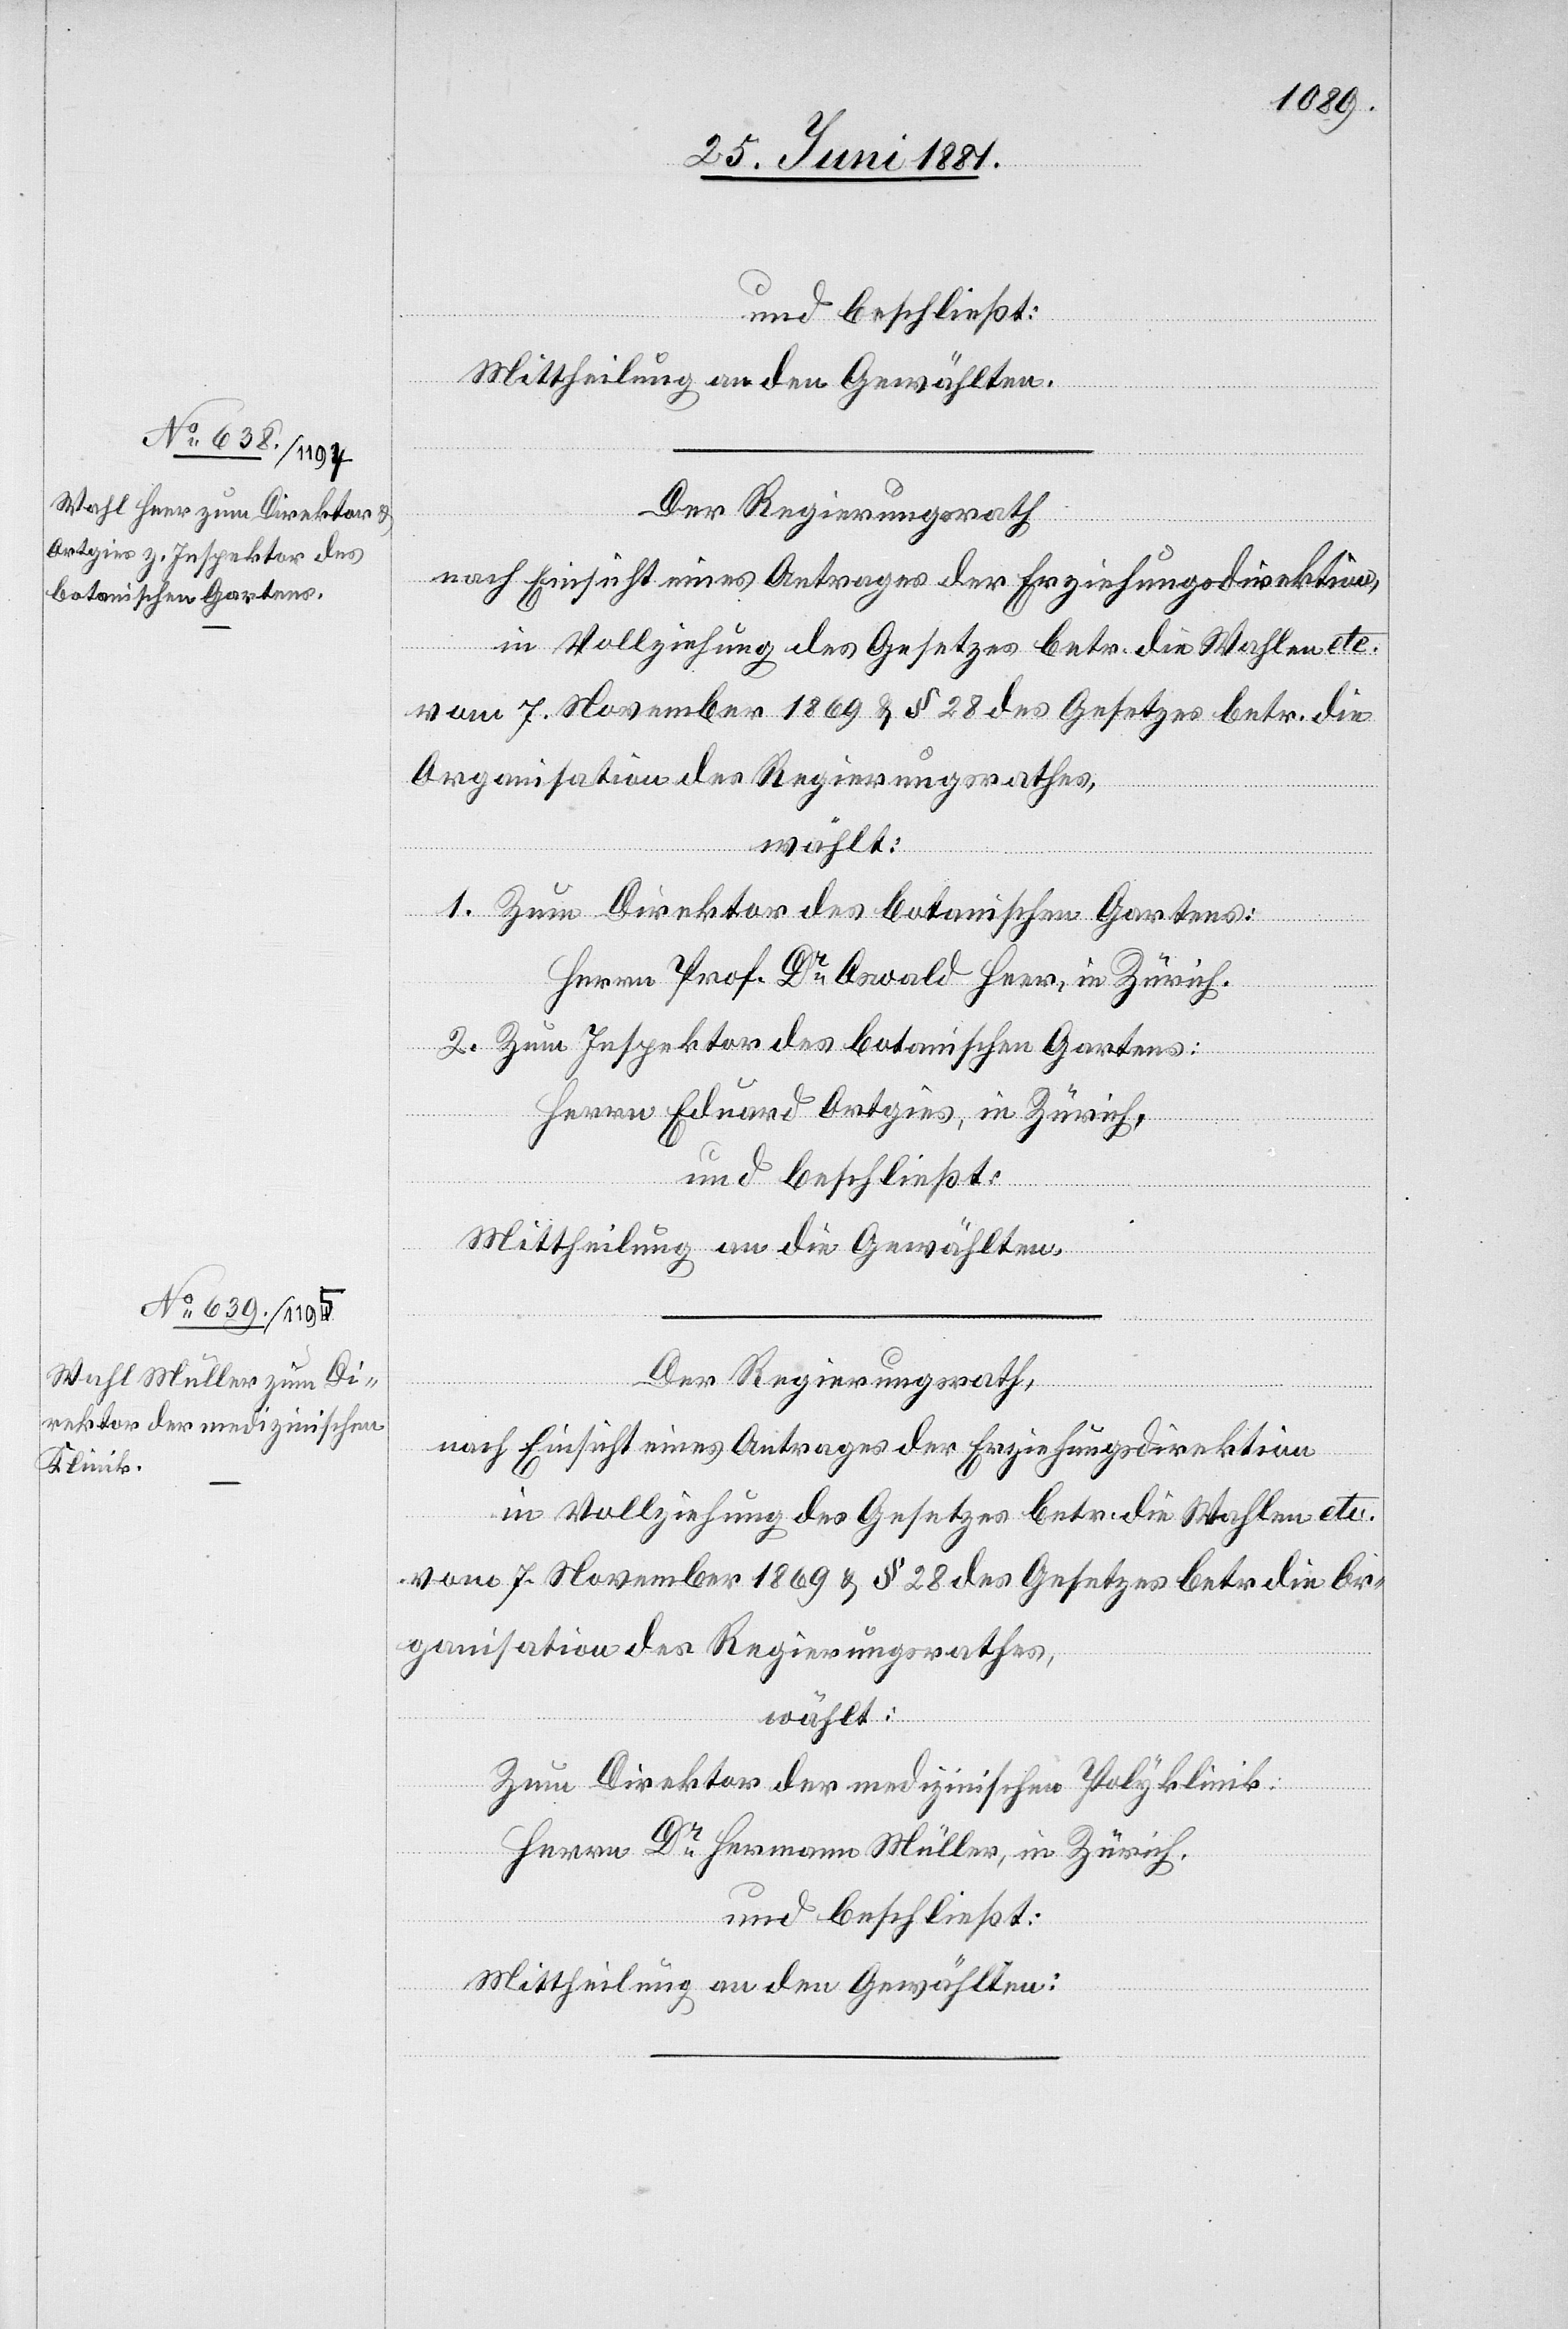
und beschließt:
Mittheilung an den Gewählten.
Der Regierungsrath
nach Einsicht eines Antrages der Erziehungsdirektion,
in Vollziehung des Gesetzes betr. die Wahl etc.
vom 7. November 1869 & § 28 des Gesetzes betr. die
Organisation de Regierungsrathes,
wählt:
1. Zum Direktor des botanischen Gartens:
Herr Prof. Dr Oswald Heer, in Zürich.
2. Zum Inspektor des botanischen Gartens:
Herr Eduard Ortgies [sic!], in Zürich,
und beschließt:
Mittheilung an die Gewählten.
Der Regierungsrath,
nach Einsicht eines Antrages der Erziehungsdirektion,
in Vollziehung des Gesetzes betr. die Wahlen etc.
vom 7. November 1869 & § 28 des Gesetzes betr. die Or¬
ganisation des Regierungsrathes,
wählt:
Zum Direktor der medizinischen Polyklinik:
Herrn Dr Hermann Müller in Zürich.
und beschließt:
Mittheilung an den Gewählten.